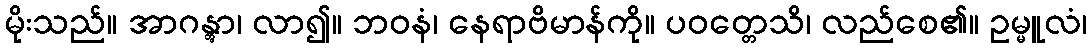
မိုးသည်။ အာဂန္တွာ၊ လာ၍။ ဘဝနံ၊ နေရာဗိမာန်ကို။ ပဝတ္တေသိ၊ လည်စေ၏။ ဥမ္မူလံ၊